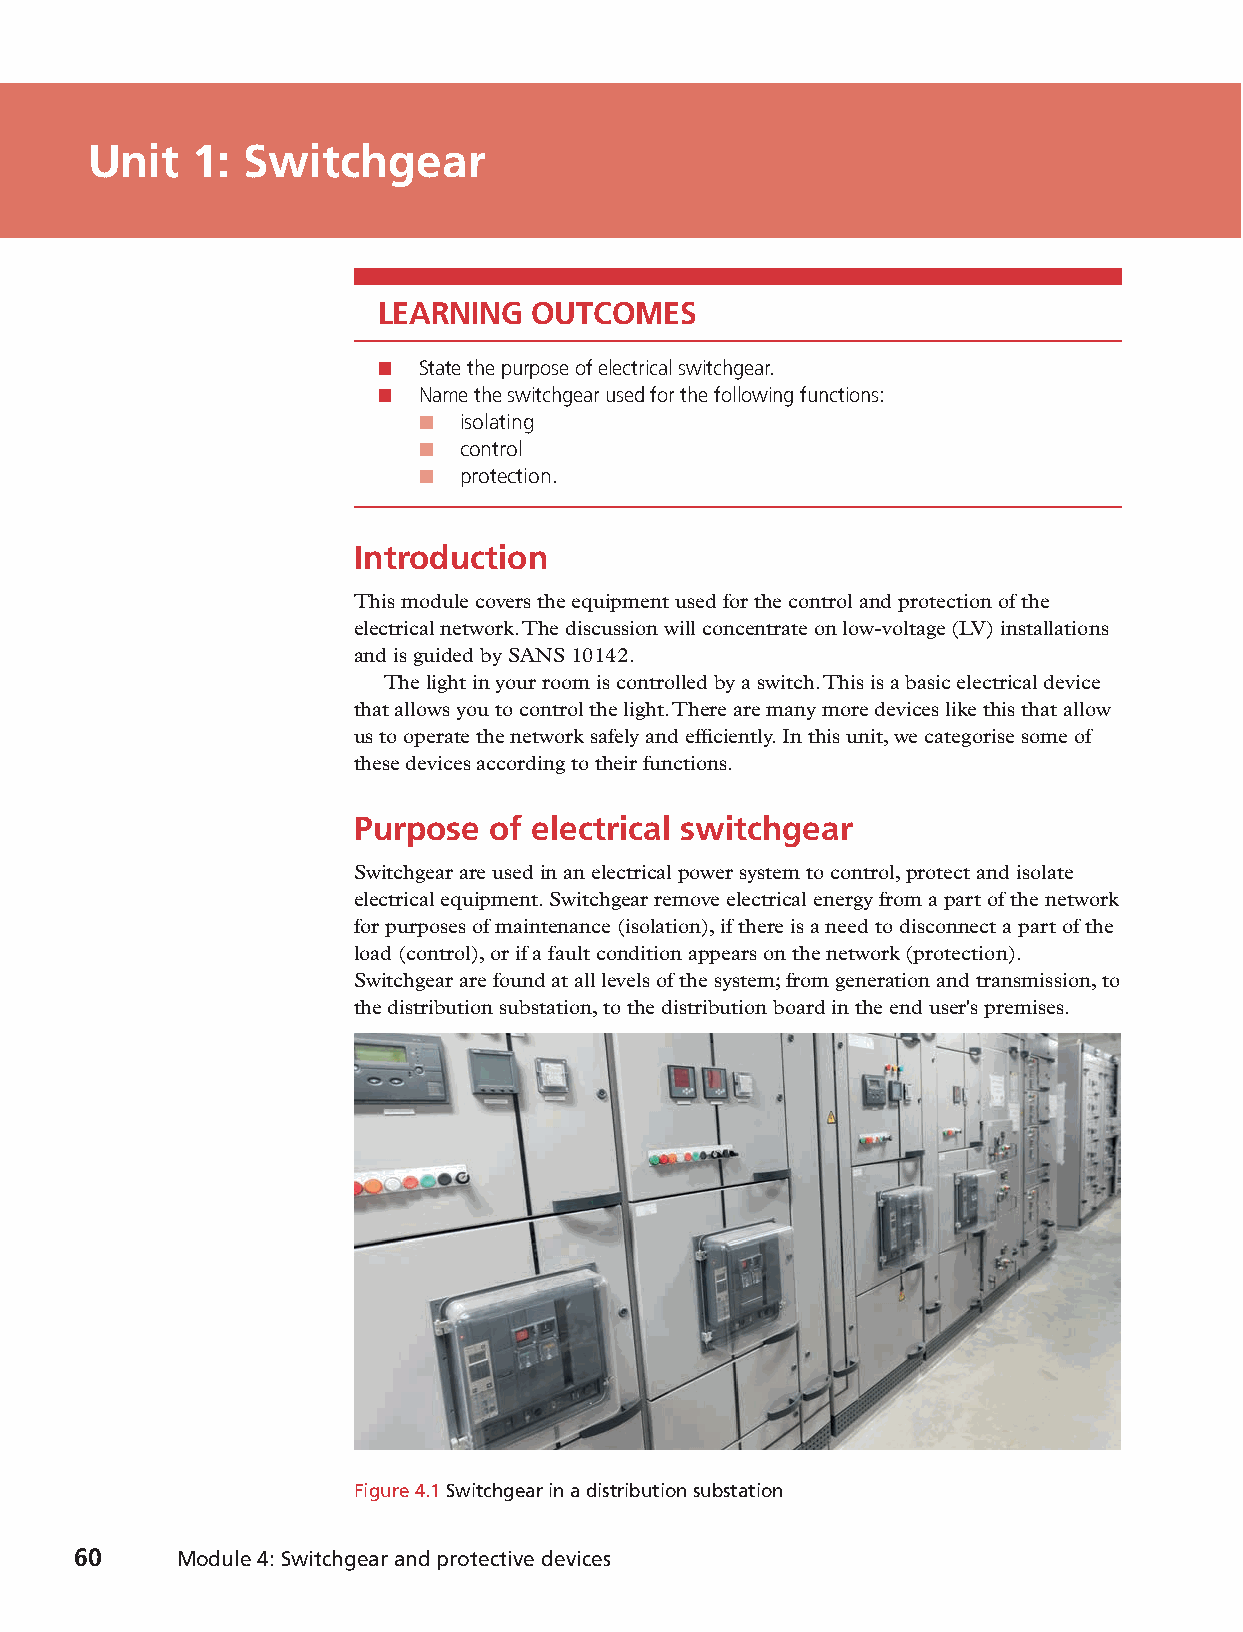
Unit   1: Switchgear
 LEARNING  OUTCOMES
 ■  State the purpose of electrical switchgear.
 ■  Name the switchgear used for the following functions:
 ■  isolating
 ■  control
 ■  protection.
 Introduction
 This module covers the equipment used for the control and protection of the
 electrical network. The discussion will concentrate on low-voltage (LV) installations
 and is guided by SANS 10142.
 The light in your room is controlled by a switch. This is a basic electrical device
 that allows you to control the light. There are many more devices like this that allow
 us to operate the network safely and efficiently. In this unit, we categorise some of
 these devices according to their functions.
 Purpose  of electrical switchgear
 Switchgear are used in an electrical power system to control, protect and isolate
 electrical equipment. Switchgear remove electrical energy from a part of the network
 for purposes of maintenance (isolation), if there is a need to disconnect a part of the
 load (control), or if a fault condition appears on the network (protection).
 Switchgear are found at all levels of the system; from generation and transmission, to
 the distribution substation, to the distribution board in the end user's premises.
 Figure 4.1 Switchgear in a distribution substation
 60     Module 4: Switchgear and protective devices
 9781485717386_ntd_eth_n2_stb_eng_za.indb 60                              2020/05/24 09:55